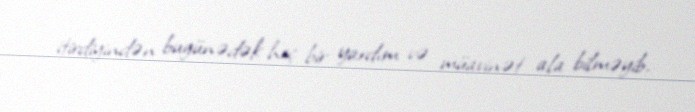
itirdiyindən bugünədək heç bir yardım və müavinət ala bilməyib.